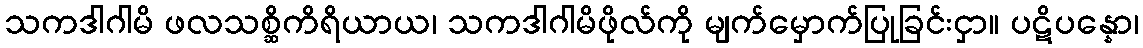
သကဒါဂါမိ ဖလသစ္ဆိကိရိယာယ၊ သကဒါဂါမိဖိုလ်ကို မျက်မှောက်ပြုခြင်းငှာ။ ပဋိပန္နော၊